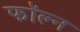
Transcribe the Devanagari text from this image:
फॉल्न